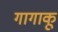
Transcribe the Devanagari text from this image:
गागाकू